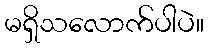
မရှိသလောက်ပါပဲ။